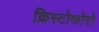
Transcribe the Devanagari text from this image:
क्रिस्टोफोरो